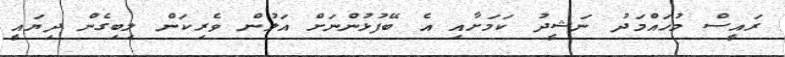
ރައީސް މުހައްމަދު ނަޝީދު ކަމަށާއި އެ ބޭފުޅުންނަށް އަލުން ވެރިކަން ލިބިގެން ދިޔައީ